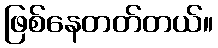
ဖြစ်နေတတ်တယ်။